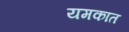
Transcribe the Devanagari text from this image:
यमकात